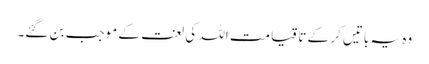
وہ یہ باتیں کر کے تا قیامت اللہ کی لعنت کے موجب بن گئے۔